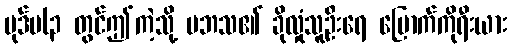
ပုဒ်မ(၃ တွင်ဤကဲ့သို့ မဘသ၏ ခိုလှုံသူဦးရေ မြောက်ကိုရီးယား